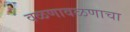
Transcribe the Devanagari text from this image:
वळणावळणाचा